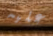
عليه